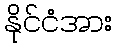
နိုင်ငံအား